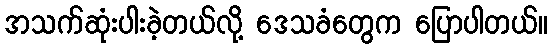
အသက်ဆုံးပါးခဲ့တယ်လို့ ဒေသခံတွေက ပြောပါတယ်။